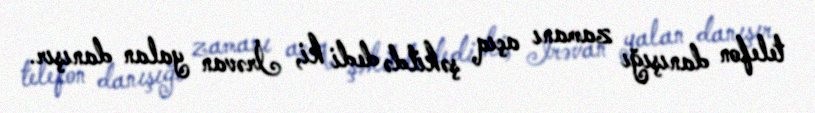
telefon danışığı zamanı açıq şəkildə dedi ki, İrəvan yalan danışır.